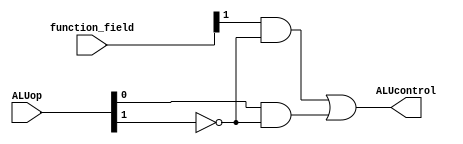
`timescale 1ns / 1ps
//////////////////////////////////////////////////////////////////////////////////
// Company: 
// Engineer: 
// 
// Design Name: 
// Module Name: ALUCtrlUnit
// Project Name: 
// Target Devices: 
// Tool Versions: 
// Description: 
// 
// Dependencies: 
// 
// Revision:
// Revision 0.01 - File Created
// Additional Comments:
// 
//////////////////////////////////////////////////////////////////////////////////


module ALUCtrlUnit(
    input [1:0]ALUop,
    input [5:0]function_field,
    output ALUcontrol
    );
    
    assign ALUcontrol = ( function_field[1]& ~(ALUop[1]) ) | (ALUop[0] & ~(ALUop[1]));
    
    
endmodule